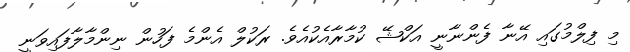
މި ފިލްމުގައި އޭނާ ފެންނާނީ އަކްޝޭ ކުމާރާއެކުއެވެ. ރަކުލް އެންމެ ފަހުން ނިންމާލާފައިވަނީ